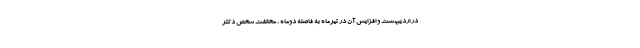
در اردیبهشت و افزایش آن در تیرماه به فاصله دوماه ، مخالفت شخص دکتر